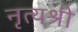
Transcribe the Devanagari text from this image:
नृत्यश्री